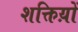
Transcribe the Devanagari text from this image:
शक्तिय़ों